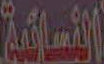
النسائية